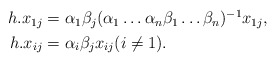
\begin{align*}\begin{aligned}h.x_{1j} &= \alpha_1\beta_j(\alpha_1\dots\alpha_n\beta_1\dots\beta_n)^{-1}x_{1j}, \\h.x_{ij} &= \alpha_i\beta_j x_{ij} (i \neq 1).\end{aligned}\end{align*}